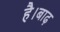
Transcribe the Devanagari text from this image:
है।बाढ़